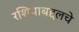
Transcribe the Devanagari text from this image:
रशियाबद्दलचे